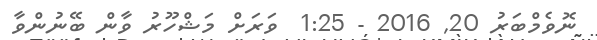
ނޮވެމްބަރު 20